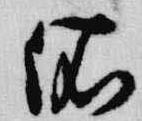
依